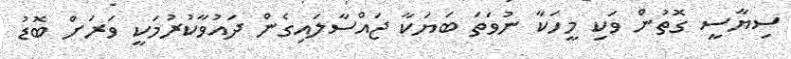
ސިޔާސީ ގޮތުން ވަކި މީހަކާ ނުވަތަ ބަޔަކާ ޖައްސާލައިގެން ދައުވާކުރުމަކީ ވަރަށް ބޮޑު